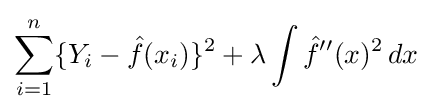
\sum _{i=1}^{n}\{Y_{i}-{\hat {f}}(x_{i})\}^{2}+\lambda \int {\hat {f}}^{\prime \prime }(x)^{2}\,dx